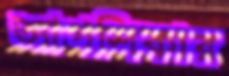
ত্যাগশিকার